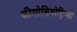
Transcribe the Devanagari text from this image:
कीमोलिथोट्रिप्सी